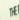
the